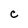
Character: C